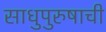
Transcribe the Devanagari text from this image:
साधुपुरुषाची